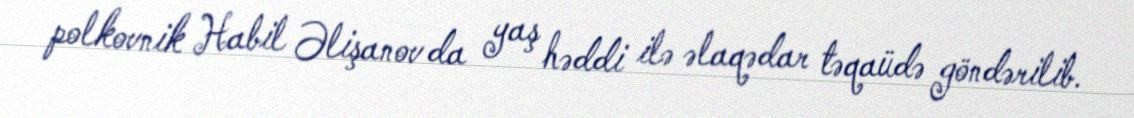
polkovnik Habil Əlişanov da yaş həddi ilə əlaqədar təqaüdə göndərilib.